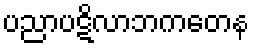
ပညာပဋိလာဘကတေန